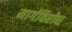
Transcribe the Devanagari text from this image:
मार्गविरोध